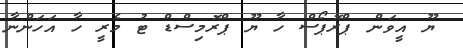
ޔޫ އީވަން ޕްރޮޕޯސް ހާ ޔޫ ޕްރޮމިސްޑް ޓު މެރީ ހާ އަހަންނާ